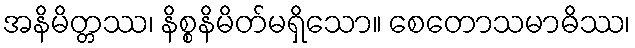
အနိမိတ္တဿ၊ နိစ္စနိမိတ်မရှိသော။ စေတောသမာဓိဿ၊